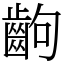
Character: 齣